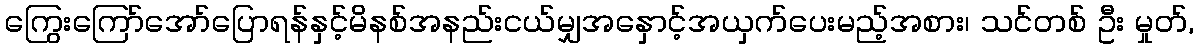
ကြွေးကြော်အော်ပြောရန်နှင့်မိနစ်အနည်းငယ်မျှအနှောင့်အယှက်ပေးမည့်အစား၊ သင်တစ် ဦး မှုတ်,